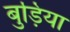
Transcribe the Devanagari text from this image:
बुड़िया